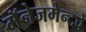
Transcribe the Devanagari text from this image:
मॅनेजमेन्टचे